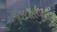
વિચારધારા